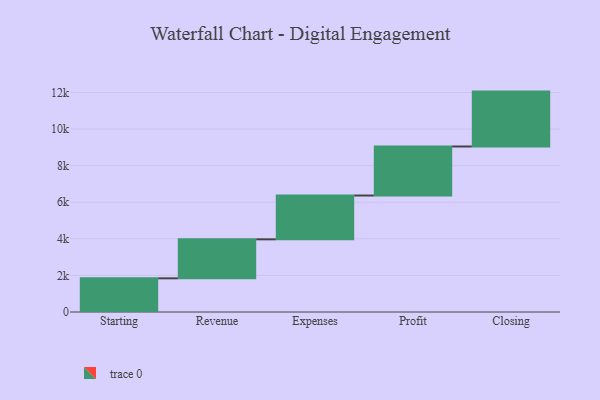
{"axis": {"x": "Step", "y": "Value"}, "legend": [""], "data": [{"x": "Starting", "y": 1841.0, "type": ""}, {"x": "Revenue", "y": 2131.0, "type": ""}, {"x": "Expenses", "y": 2395.0, "type": ""}, {"x": "Profit", "y": 2680.0, "type": ""}, {"x": "Closing", "y": 3000, "type": ""}]}